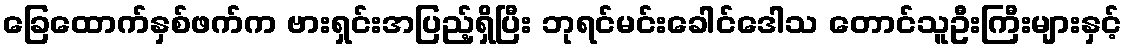
ခြေထောက်နှစ်ဖက်က ဗားရှင်းအပြည့်ရှိပြီး ဘုရင်မင်းခေါင်ဒေါသ တောင်သူဦးကြီးများနှင့်